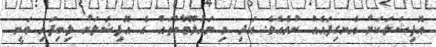
އޮފިޝަލަކަށް އެނގިފައެއް ނުވެއެވެ. އަދި މި މައުލޫމާތުތައް އެ އޮފިޝަލަށް ލިބިފައި ވަނީ